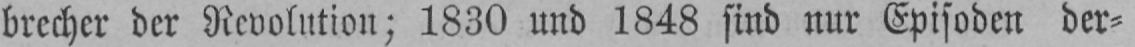
brecher der Revolution; 1830 und 1848 sind nur Episoden der⸗